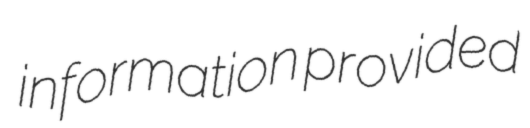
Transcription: information provided